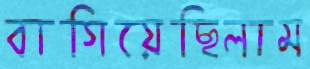
বাগিয়েছিলাম